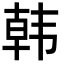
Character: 韩